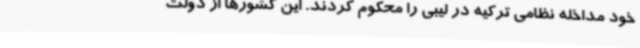
خود مداخله نظامی ترکیه در لیبی را محکوم کردند. این کشورها از دولت